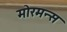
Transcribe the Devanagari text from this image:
मोरमन्स